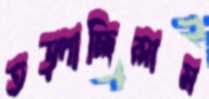
তড়্‌পাচ্ছিলাম